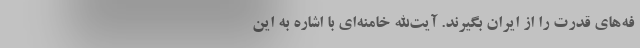
فه‌های قدرت را از ایران بگیرند. آیت‌الله خامنه‌ای با اشاره به این